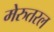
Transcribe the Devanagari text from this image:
मेरुतरल